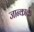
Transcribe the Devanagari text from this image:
जान्कार्क